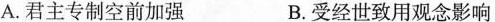
A.君主专制空前加强 B.受经世致用观念影响